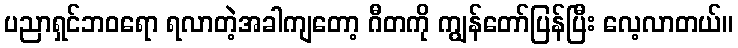
ပညာရှင်ဘဝရော ရလာတဲ့အခါကျတော့ ဂီတကို ကျွန်တော်ပြန်ပြီး လေ့လာတယ်။